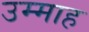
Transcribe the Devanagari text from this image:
उम्माह